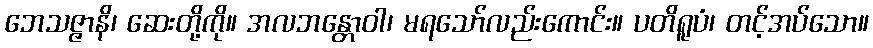
ဘေသဇ္ဇာနိ၊ ဆေးတို့ကို။ အလဘန္တောဝါ၊ မရသော်လည်းကောင်း။ ပတိရူပံ၊ တင့်အပ်သော။